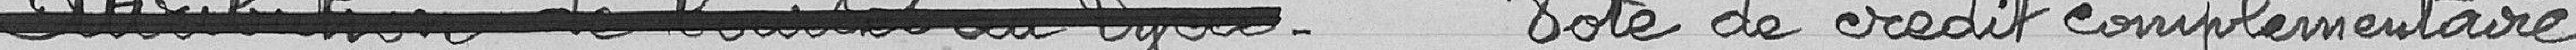
Vote de crédit complémentaire